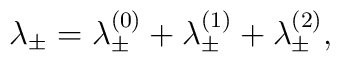
\lambda_\pm=\lambda_\pm^{(0)}+\lambda_\pm^{(1)}+ \lambda_\pm^{(2)} ,